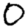
Digit: 0